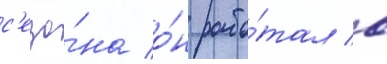
с'езо́на о́н рабо́тал в